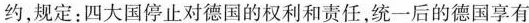
约，规定：四大国停止对德国的权利和责任，统一后的德国享有